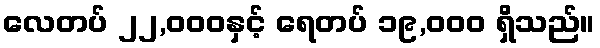
လေတပ် ၂၂,၀၀၀နှင့် ရေတပ် ၁၉,၀၀၀ ရှိသည်။